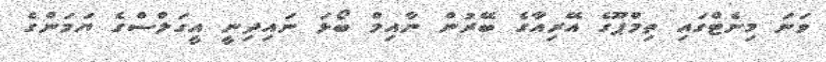
ވަނަ މިނެޓްގައި ތިމްޕޫގެ އޭރިއާަގެ ބޭރުން ނާއިމް ބޯޅަ ނައިދިނީ އީގަލްސްގެ ޔަމަންގެ